Report on vaccination in the Province of Bengal - 1869-1873
Year: 1869
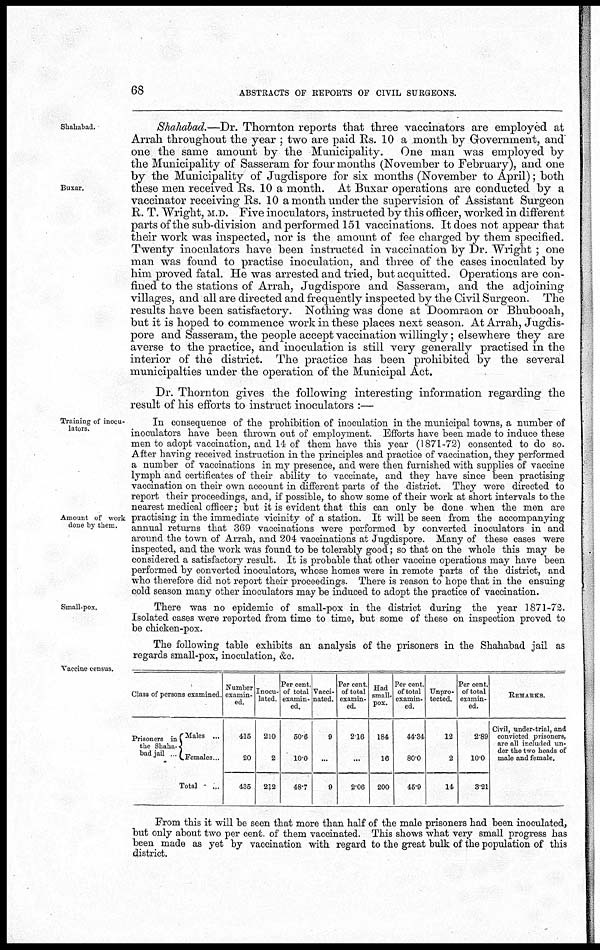
68
ABSTRACTS OF REPORTS OF CIVIL SURGEONS.
Shahabad.
Buxar.
Shahabad.—Dr. Thornton reports that three vaccinators are employed at
Arrah throughout the year ; two are paid Rs. 10 a month by Government, and
one the same amount by the Municipality.
One man was employed by
the Municipality of Sasseram for four months (November to February), and one
by the Municipality of Jugdispore for six months (November to April); both
these men received Rs. 10 a month. At Buxar operations are conducted by a
vaccinator receiving Rs. 10 a month under the supervision of Assistant Surgeon
R. T. Wright, M.D. Five inoculators, instructed by this officer, worked in different
parts of the sub-division and performed 151 vaccinations. It does not appear that
their work was inspected, nor is the amount of fee charged by them specified.
Twenty inoculators have been instructed in vaccination by Dr. Wright ; one
man was found to practise inoculation, and three of the cases inoculated by
him proved fatal. He was arrested and tried, but acquitted. Operations are con-
fined to the stations of Arrah, Jugdispore and Sasseram, and the adjoining
villages, and all are directed and frequently inspected by the Civil Surgeon. The
results have been satisfactory. Nothing was done at Doomraon or Bhubooah,
but it is hoped to commence work in these places next season. At Arrah, Jugdis-
pore and Sasseram, the people accept vaccination willingly; elsewhere they are
averse to the practice, and inoculation is still very generally practised in the
interior of the district. The practice has been prohibited by the several
municipalites under the operation of the Municipal Act.
Dr. Thornton gives the following interesting information regarding the
result of his efforts to instruct inoculators :—
Training of inocu-
lators.
Amount of work
done by them.
In consequence of the prohibition of inoculation in the municipal towns, a number of
inoculators have been thrown out of employment. Efforts have been made to induce these
men to adopt vaccination, and 14 of them have this year (1871-72) consented to do so.
After having received instruction in the principles and practice of vaccination, they performed
a number of vaccinations in my presence, and were then furnished with supplies of vaccine
lymph and certificates of their ability to vaccinate, and they have since been practising
vaccination on their own account in different parts of the district. They were directed to
report their proceedings, and, if possible, to show some of their work at short intervals to the
nearest medical officer; but it is evident that this can only be done when the men are
practising in the immediate vicinity of a station. It will be seen from the accompanying
annual returns that 369 vaccinations were performed by converted inoculators in and
around the town of Arrah, and 204 vaccinations at Jugdispore. Many of these cases were
inspected, and the work was found to be tolerably good; so that on the whole this may be
considered a satisfactory result. It is probable that other vaccine operations may have been
performed by converted inoculators, whose homes were in remote parts of the district, and
who therefore did not report their proceedings. There is reason to hope that in the ensuing
cold season many other inoculators may be induced to adopt the practice of vaccination.
Small-pox.
There was no epidemic of small-pox in the district during the year 1871-72.
Isolated cases were reported from time to time, but some of these on inspection proved to
be chicken-pox.
The following table exhibits an analysis of the prisoners in the Shahabad jail as
regards small-pox, inoculation, &c.
Vaccine census.
Class of persons examined
Prisoners in
the Shaha
bad jail ...
Males ...
Females..
Total
...
Number
examin-
ed.
415
20
435
Inocu-
lated.
210
2
212
Per cent
of total
examin-
ed.
50.6
10.0
48.7
Vacci-
nated.
9
...
9
Per cent
of total
examin-
ed.
2.16
...
2.06
Had
small-
pox.
184
16
200
Per cent.
of total
examin-
ed.
44.34
80.0
45.9
Unpro-
tected.
12
2
14
Per cent.
of total
examin-
ed.
2.89
10.0
3.21
REMARKS.
Civil, under-trial, and
convicted prisoners
are all included un¬
der the two heads of
male and female.
From this it will be seen that more than half of the male prisoners had been inoculated,
but only about two per cent. of them vaccinated. This shows what very small progress has
been made as yet by vaccination with regard to the great bulk of the population of this
district.